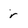
Character: r